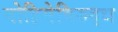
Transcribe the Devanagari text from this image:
मोहिमेविरुद्ध